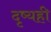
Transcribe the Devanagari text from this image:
दृष्यही